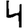
Digit: 4